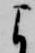
よ